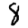
Digit: 8